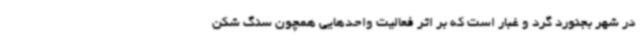
در شهر بجنورد گرد و غبار است که بر اثر فعالیت واحدهایی همچون سنگ شکن